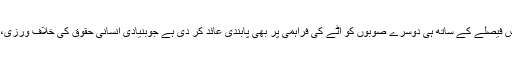
الیکشن سے قبل کئے جانے والے اس فیصلے کے ساتھ ہی دوسرے صوبوں کو آٹے کی فراہمی پر بھی پابندی عائد کر دی ہے جوبنیادی انسانی حقوق کی خلاف ورزی، غیر قانونی اور غیر آئینی اقدام ہے۔